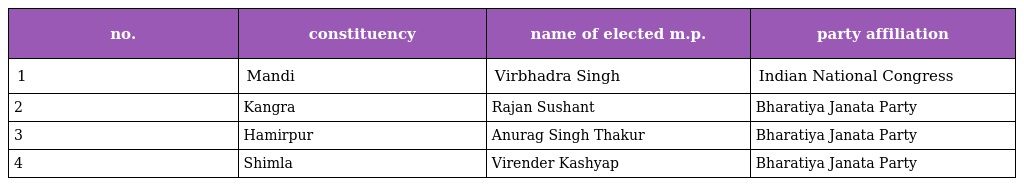
| no. | constituency | name of elected m.p. | party affiliation |
 | --- | --- | --- | --- |
 | 1 | Mandi | Virbhadra Singh | Indian National Congress |
 | 2 | Kangra | Rajan Sushant | Bharatiya Janata Party |
 | 3 | Hamirpur | Anurag Singh Thakur | Bharatiya Janata Party |
 | 4 | Shimla | Virender Kashyap | Bharatiya Janata Party |